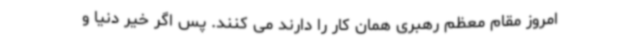
امروز مقام معظم رهبری همان کار را دارند می کنند. پس اگر خیر دنیا و